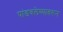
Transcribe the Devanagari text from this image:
पांडवलेण्यावरून